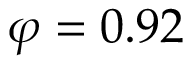
\varphi = 0 . 9 2